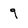
Character: 9